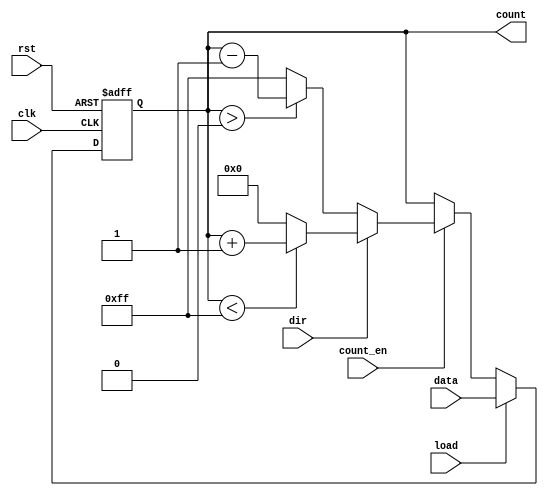
module SynchronousLoadCounter (
    input wire clk,           // Clock signal
    input wire rst,           // Reset signal
    input wire load,          // Load signal
    input wire [7:0] data,    // Data input for loading
    input wire count_en,      // Count enable signal
    input wire dir,           // Direction signal (1 for up, 0 for down)
    output reg [7:0] count    // Current count value
);

    // Define the maximum count value for 8-bit counter
    localparam MAX_COUNT = 8'hFF; // 255 for 8-bit counter
    localparam MIN_COUNT = 8'h00; // 0 for 8-bit counter

    always @(posedge clk or posedge rst) begin
        if (rst) begin
            count <= MIN_COUNT; // Reset the counter to zero
        end else if (load) begin
            count <= data; // Load the specified value
        end else if (count_en) begin
            if (dir) begin
                // Count up
                if (count < MAX_COUNT) begin
                    count <= count + 1; // Increment the count
                end else begin
                    count <= MIN_COUNT; // Wrap around to zero
                end
            end else begin
                // Count down
                if (count > MIN_COUNT) begin
                    count <= count - 1; // Decrement the count
                end else begin
                    count <= MAX_COUNT; // Wrap around to max value
                end
            end
        end
    end

endmodule